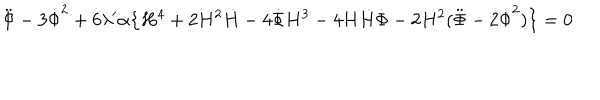
\ddot { \Phi } - 3 \dot { \Phi } ^ { 2 } + 6 \lambda ^ { \prime } \alpha \big \{ H ^ { 4 } + 2 H ^ { 2 } \dot { H } - 4 \dot { \Phi } H ^ { 3 } - 4 H \dot { H } \dot { \Phi } - 2 H ^ { 2 } ( \ddot { \Phi } - 2 \dot { \Phi } ^ { 2 } ) \big \} = 0